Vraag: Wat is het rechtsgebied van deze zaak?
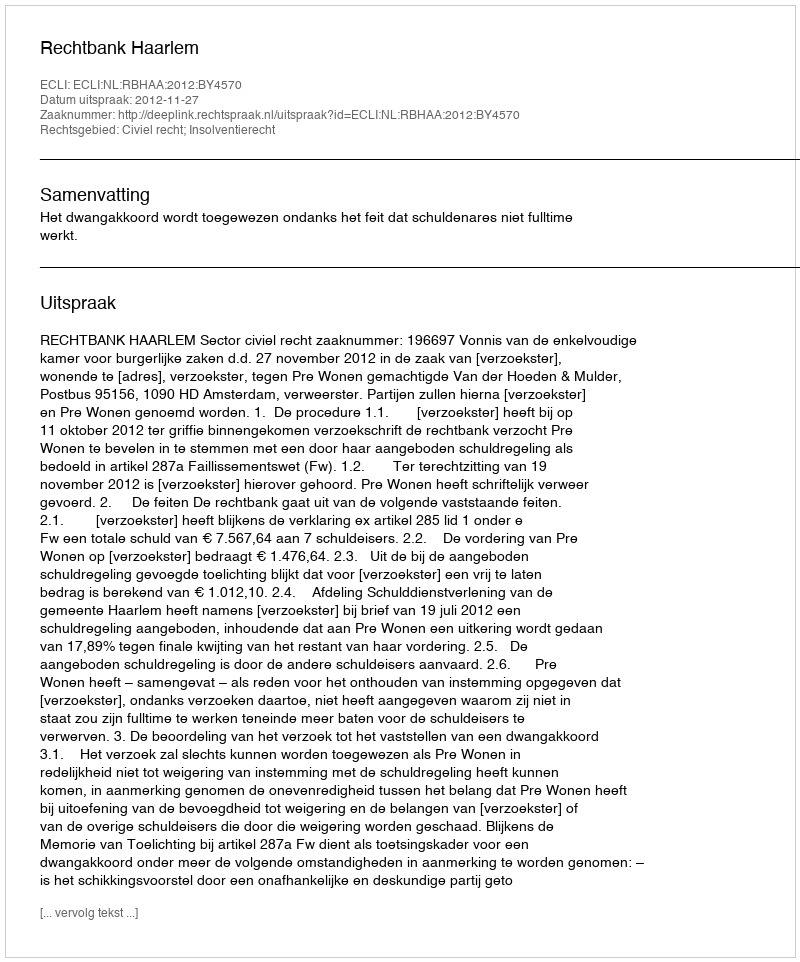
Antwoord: Civiel recht; Insolventierecht